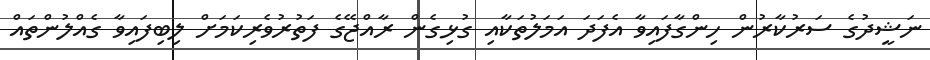
ނަޝީދުގެ ސަރުކާރުން ހިންގާފައިވާ އެފަދަ އަމަލުތަކާއި ގުޅިގެން ރާއްޖޭގެ ފަތުރުވެރިކަމަށް ލިބިފައިވާ ގެއްލުންތައް